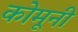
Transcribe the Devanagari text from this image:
कोमूनी